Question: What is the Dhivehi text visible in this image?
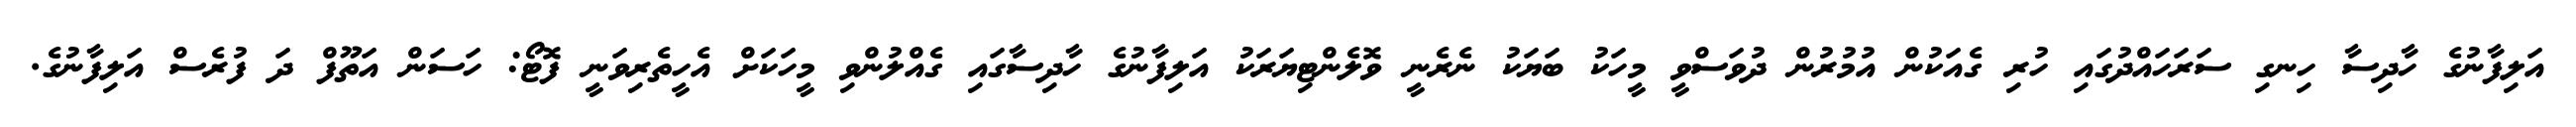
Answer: އަލިފާނުގެ ހާދިސާ ހިނގި ސަރަހައްދުގައި ހުރި ގެއަކުން އުމުރުން ދުވަސްވީ މީހަކު ބަޔަކު ނެރެނީ ވޮލެންޓިޔަރަކު އަލިފާނުގެ ހާދިސާގައި ގެއްލުންވި މީހަކަށް އެހީތެރިވަނީ ފޮޓޯ: ހަސަން އަތޫފް ދަ ފުރެސް އަލިފާނުގެ.